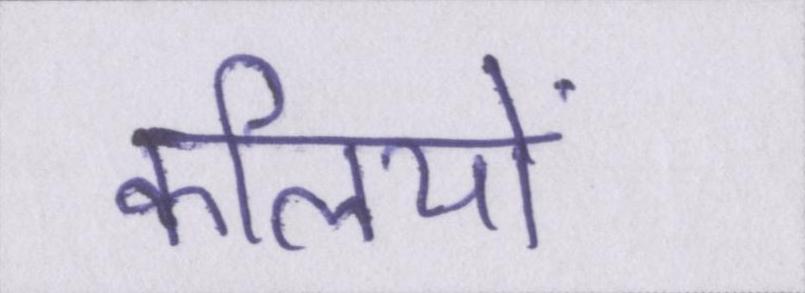
कलियों